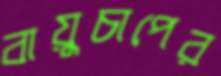
বায়ুচাপের